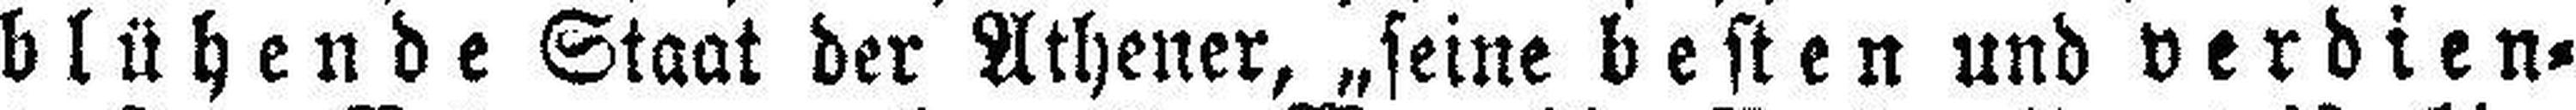
blühende Staat der Athener, „seine besten und verdien¬